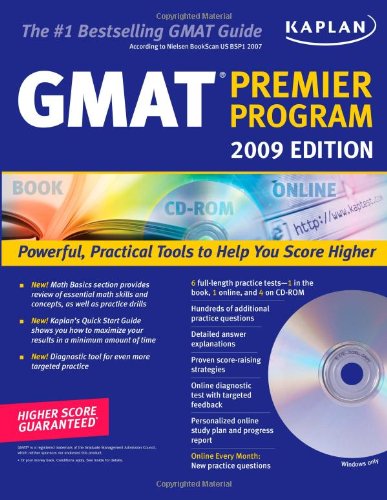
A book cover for Kaplan GMAT Premier Program, 2009 (Book & CD-ROM); Kaplan; Test Preparation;